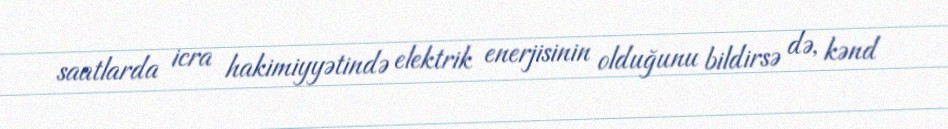
saatlarda icra hakimiyyətində elektrik enerjisinin olduğunu bildirsə də, kənd